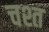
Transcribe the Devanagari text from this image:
चश्त